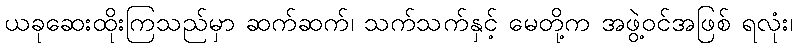
ယခုဆေးထိုးကြသည်မှာ ဆက်ဆက်၊ သက်သက်နှင့် မေတို့က အဖွဲ့ဝင်အဖြစ် ရလုံး၊